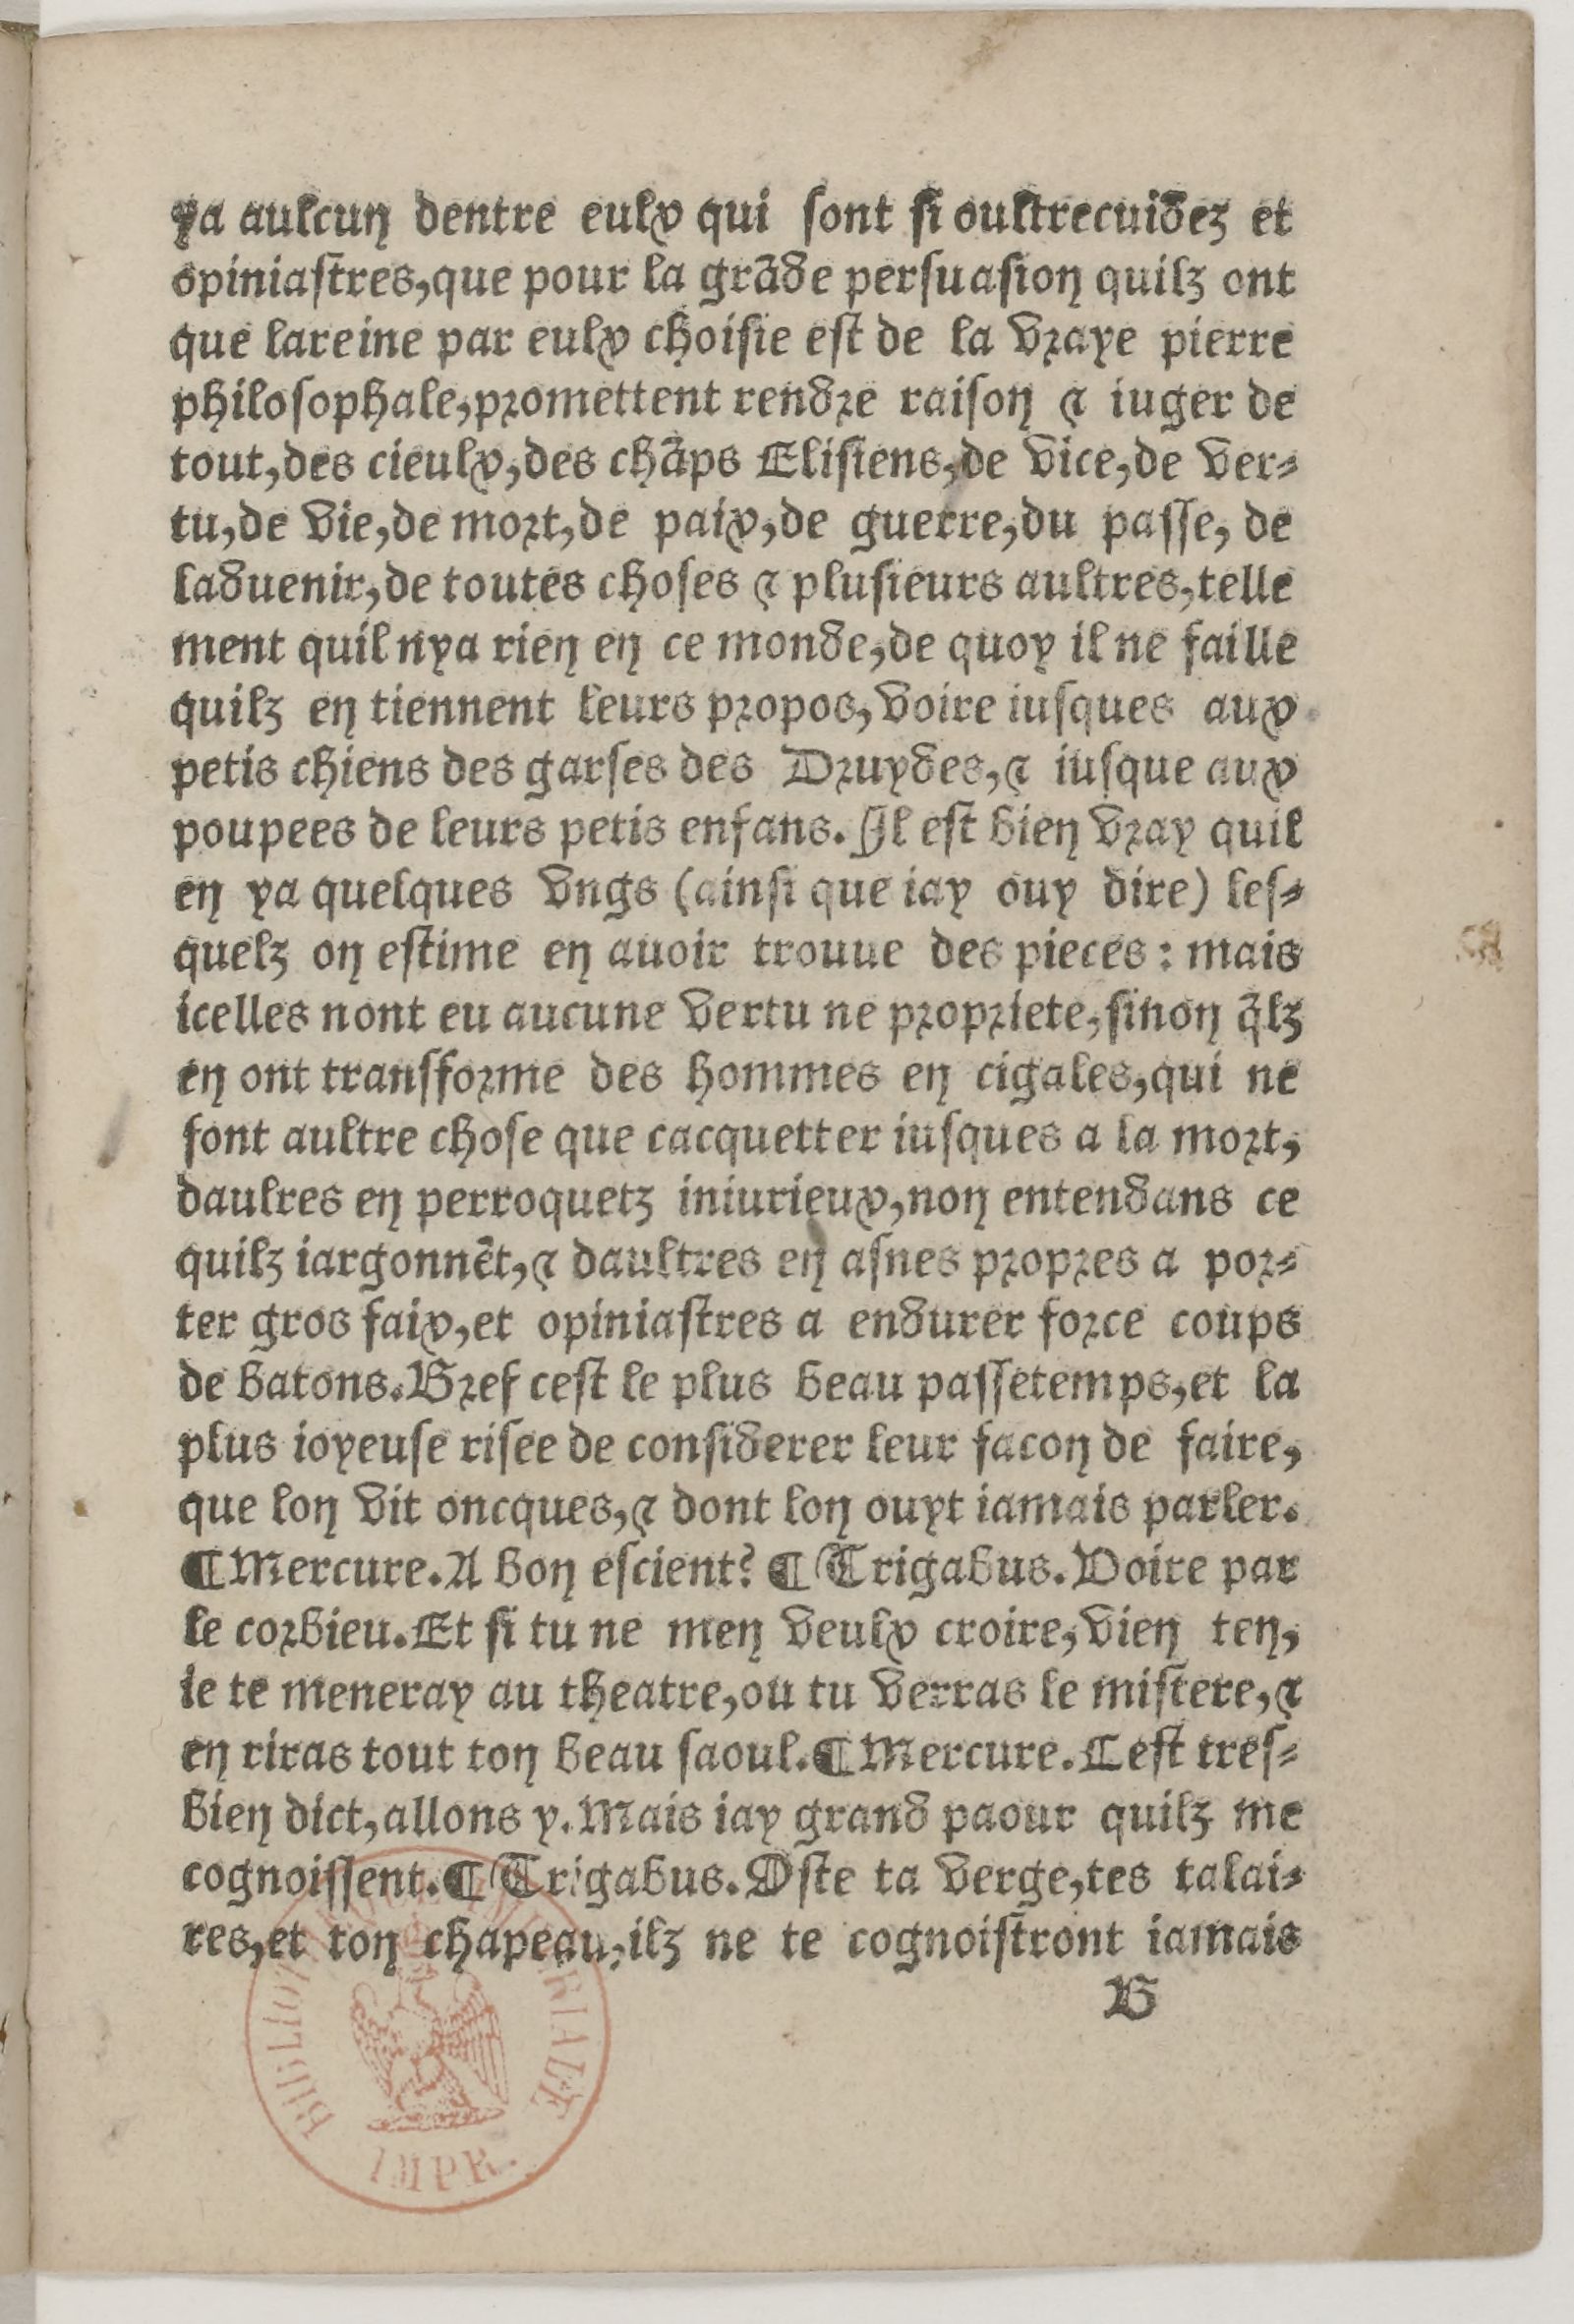
Shelfmark: Paris, BnF, Rés. Z-2442
Century: 16